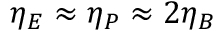
\eta _ { E } \approx \eta _ { P } \approx 2 \eta _ { B }